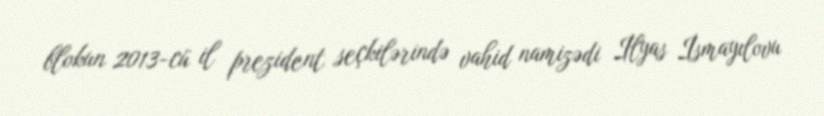
blokun 2013-cü il prezident seçkilərində vahid namizədi İlyas İsmayılovu